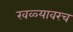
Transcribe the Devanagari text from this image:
खळ्यावरच